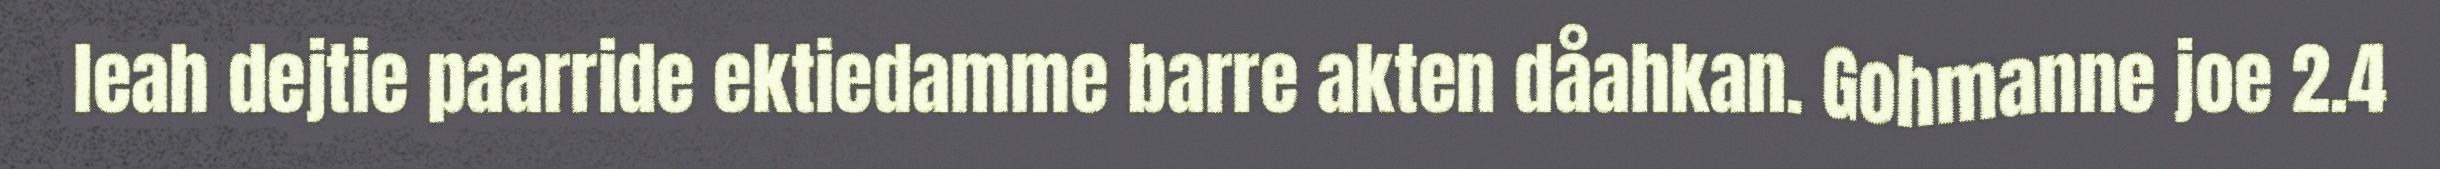
leah dejtie paarride ektiedamme barre akten dåahkan. Gohmanne joe 2.4